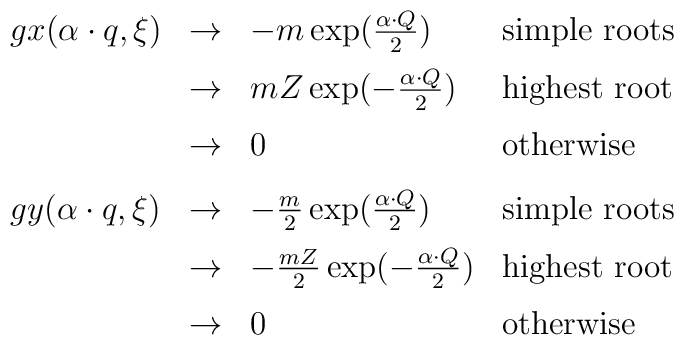
\begin{array}{llll}      gx(\alpha\cdot q,\xi)&\rightarrow&-m\exp({{\alpha\cdot Q}\over{2}})&      \mbox{simple roots}\\[6pt]      &\rightarrow&{mZ}\exp(-{{\alpha\cdot      Q}\over{2}})&\mbox{highest root}\\[6pt]      &\rightarrow&0&\mbox{otherwise}\\[8pt]      gy(\alpha\cdot q,\xi)&\rightarrow&-{m\over2}      \exp({{\alpha\cdot Q}\over{2}})&      \mbox{simple roots}\\[6pt]      &\rightarrow&-{mZ\over2}\exp(-{{\alpha\cdot      Q}\over{2}})&\mbox{highest root}\\[6pt]      &\rightarrow&0&\mbox{otherwise}   \end{array}